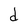
Character: d